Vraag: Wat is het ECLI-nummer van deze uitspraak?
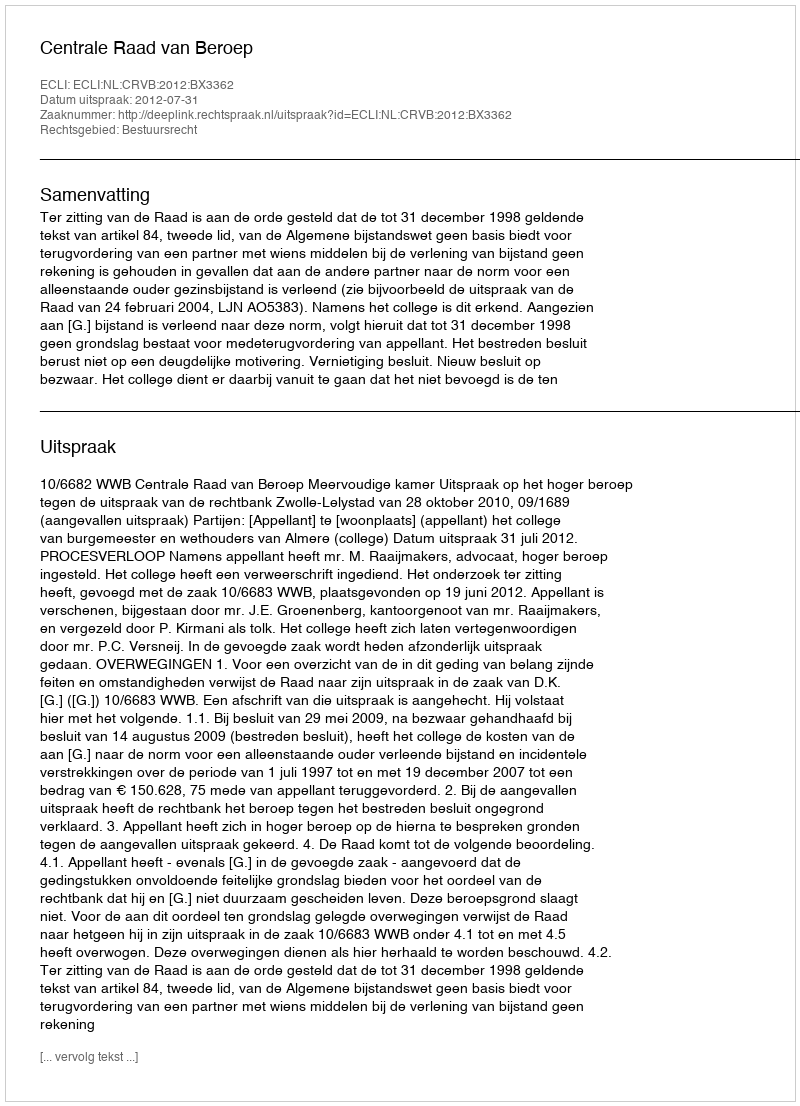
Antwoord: ECLI:NL:CRVB:2012:BX3362